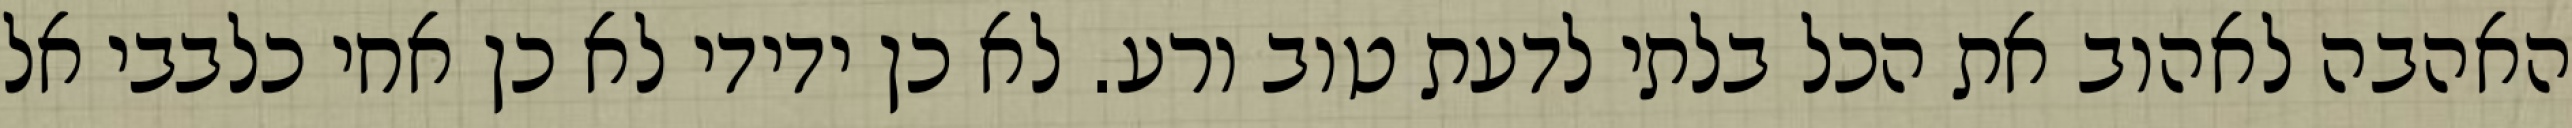
האהבה לאהוב את הכל בלתי לדעת טוב ורע. לא כן ידידי לא כן אחי כלבבי אל